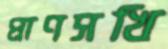
প্রাণসখি